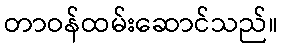
တာဝန်ထမ်းဆောင်သည်။